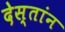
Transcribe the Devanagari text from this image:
देस्तांन